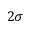
2 \sigma